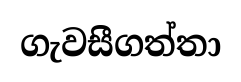
ගැවසීගත්තා